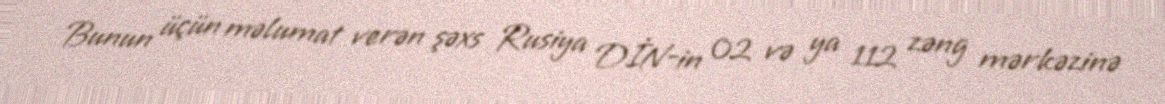
Bunun üçün məlumat verən şəxs Rusiya DİN-in 02 və ya 112 zəng mərkəzinə